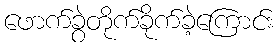
ဖောက်ခွဲတိုက်ခိုက်ခဲ့ကြောင်း